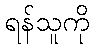
ရန်သူကို